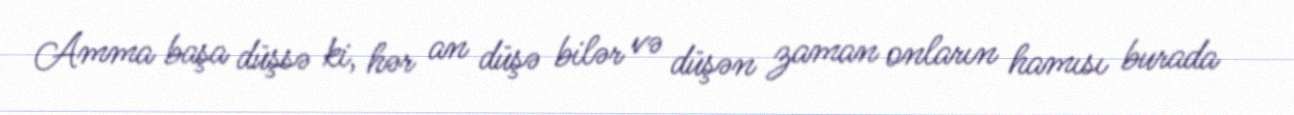
Amma başa düşsə ki, hər an düşə bilər və düşən zaman onların hamısı burada